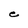
Character: e